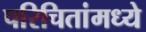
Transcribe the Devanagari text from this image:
परिचितांमध्ये